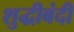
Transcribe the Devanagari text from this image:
शुद्धीबंदी